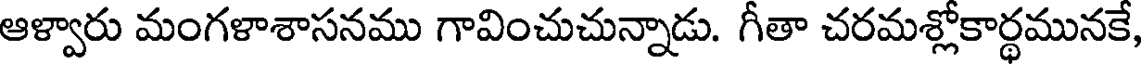
ఆళ్వారు మంగళాశాసనము గావించుచున్నాడు. గీతా చరమశ్లోకార్థమునకే,